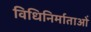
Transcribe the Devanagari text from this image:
विधिनिर्माताओं